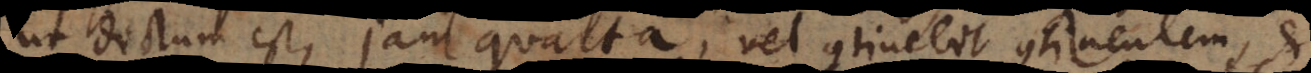
ut dictum est, jam quarta; vel continebit continentem, et